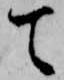
て